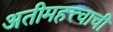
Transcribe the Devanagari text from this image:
अतीमहत्त्वाची